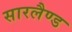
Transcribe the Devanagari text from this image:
सारलैण्ड